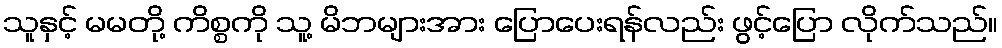
သူနှင့် မမတို့ ကိစ္စကို သူ့ မိဘများအား ပြောပေးရန်လည်း ဖွင့်ပြော လိုက်သည်။